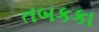
તબકકા